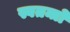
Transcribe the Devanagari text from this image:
स्वतन्त्रो